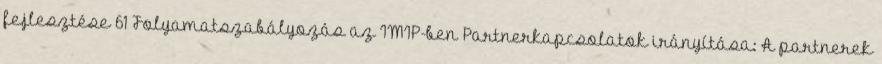
fejlesztése 61 Folyamatszabályozás az IMIP-ben Partnerkapcsolatok irányítása: A partnerek